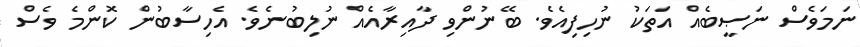
ނަމަވެސް ނަޞީބެއް އަތަކު ނުހިފިއެވެ. ބޭނުންވި ދާއިރާއެއް ނުލިބުނެވެ. އެހިސާބުން ކޮންމެ ވެސް